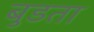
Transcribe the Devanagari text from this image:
बुडता